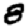
Digit: 8